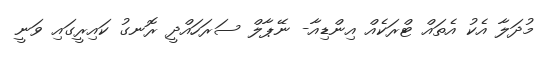
މުދަލާ އެކު އެތައް ޓްރަކެއް އިންޑިއާ- ނޭޕާލް ސަރަހައްދީ ރޮނގު ކައިރީގައި ވަނީ